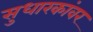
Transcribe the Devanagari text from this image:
सुधारकांवर